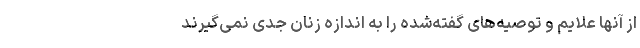
از آنها علایم و توصیه‌های گفته‌شده را به اندازه زنان جدی نمی‌گیرند